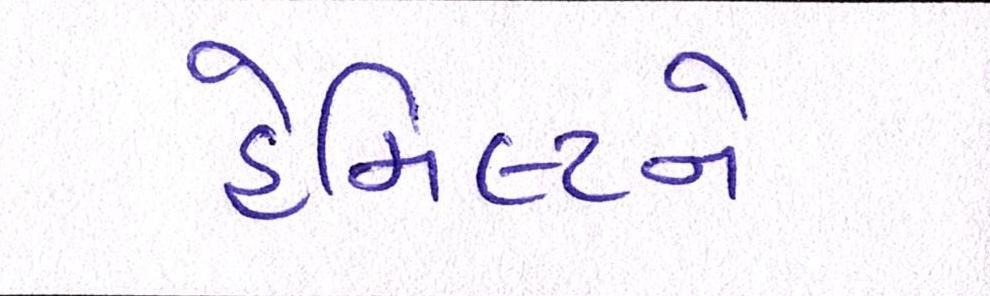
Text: હેમિલ્ટને